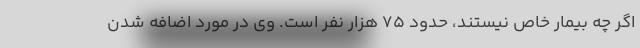
اگر چه بیمار خاص نیستند، حدود ۷۵ هزار نفر است. وی در مورد اضافه شدن